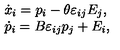
\begin{array} { l l } { \dot { x } _ { i } = p _ { i } - \theta \varepsilon _ { i j } E _ { j } , } \\ { \dot { p } _ { i } = B \varepsilon _ { i j } p _ { j } + E _ { i } , } \\ \end{array}